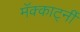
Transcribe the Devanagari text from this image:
मॅक्कार्ट्नी